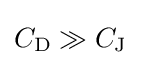
C_{\text{D}}\gg C_{\text{J}}